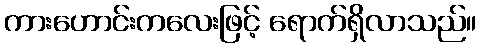
ကားဟောင်းကလေးဖြင့် ရောက်ရှိလာသည်။